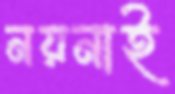
নয়নাই